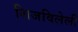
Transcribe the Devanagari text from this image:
शिजविलेली